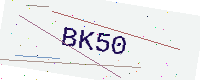
Text: BK50